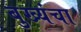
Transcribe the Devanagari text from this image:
बुख्यंचा